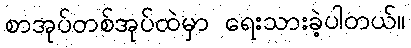
စာအုပ်တစ်အုပ်ထဲမှာ ရေးသားခဲ့ပါတယ်။